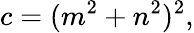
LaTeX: c=(m^{2}+n^{2})^{2},